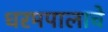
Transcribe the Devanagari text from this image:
धरमपालाचे